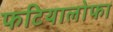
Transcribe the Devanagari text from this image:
फटियालोफा